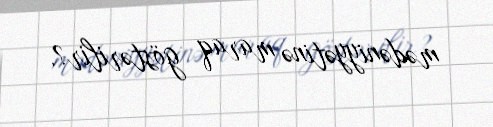
mədəniyyətinə maraq göstərilir?.